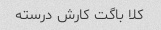
کلا باگت کارش درسته